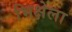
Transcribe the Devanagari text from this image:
भिक्षेला